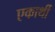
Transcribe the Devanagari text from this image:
एकार्थी